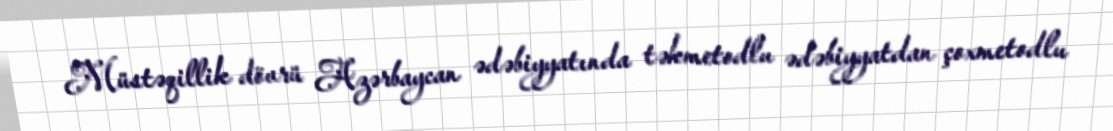
Müstəqillik dövrü Azərbaycan ədəbiyyatında təkmetodlu ədəbiyyatdan çoxmetodlu